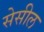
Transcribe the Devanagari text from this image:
सेसील